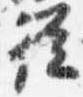
従